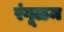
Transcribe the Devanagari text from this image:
रंगूळम